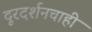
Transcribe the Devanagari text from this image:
दूरदर्शनचाही